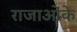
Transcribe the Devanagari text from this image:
राजाओंके